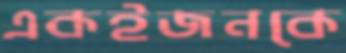
একইজনকে